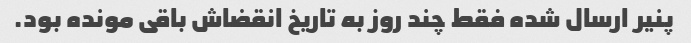
پنیر ارسال شده فقط چند روز به تاریخ انقضاش باقی مونده بود. ‌